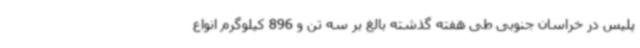
پلیس در خراسان جنوبی طی هفته گذشته بالغ بر سه تن و 896 کیلوگرم انواع